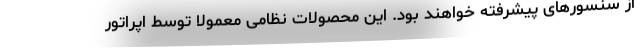
از سنسورهای پیشرفته خواهند بود. این محصولات نظامی معمولا توسط اپراتور